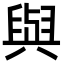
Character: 與